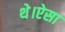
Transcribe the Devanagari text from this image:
थे।ऐसा